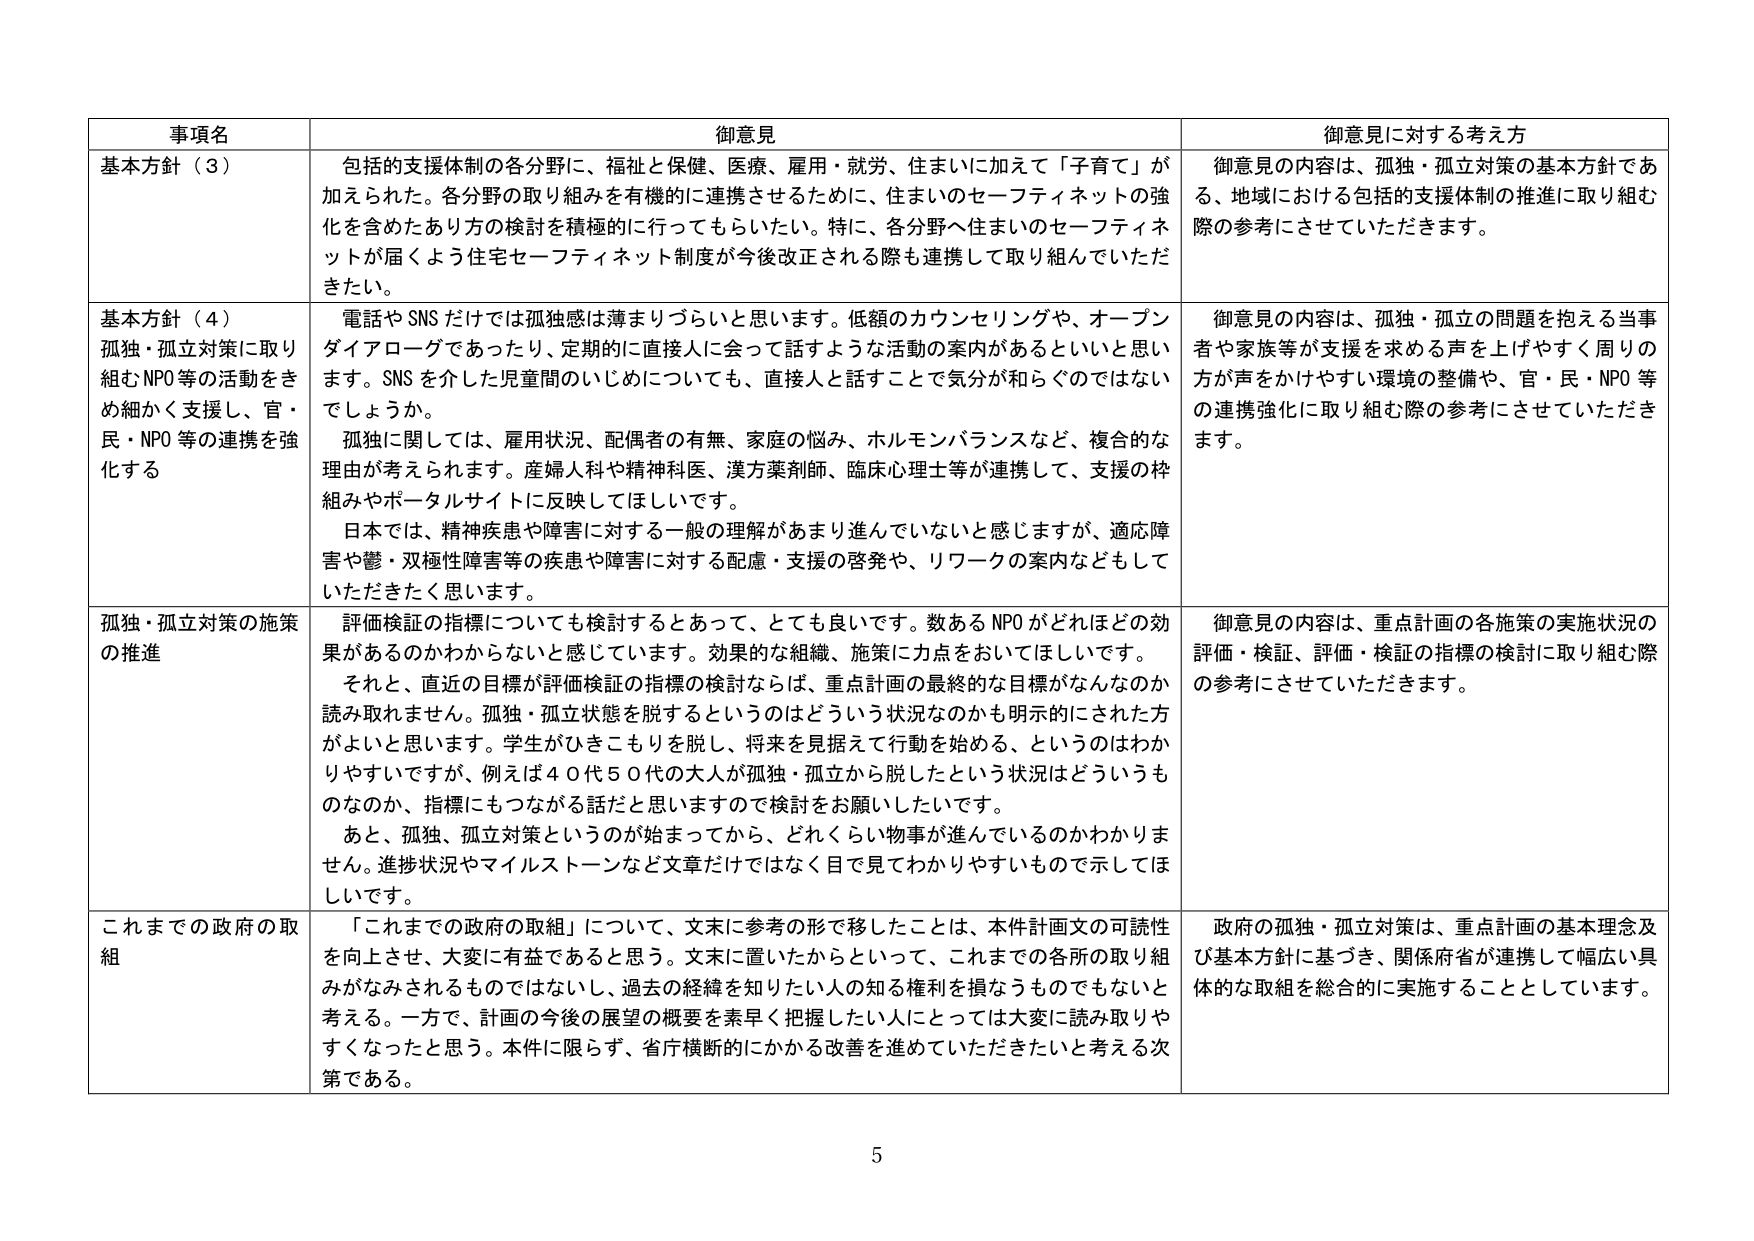
事項名 御意見 御意見に対する考え方
基本方針（３） 包括的支援体制の各分野に、福祉と保健、医療、雇用・就労、住まいに加えて「子育て」が加えられた。各分野の取り組みを有機的に連携させるために、住まいのセーフティネットの強化を含めたあり方の検討を積極的に行ってもらいたい。特に、各分野へ住まいのセーフティネットが届くよう住宅セーフティネット制度が今後改正される際も連携して取り組んでいただきたい。 御意見の内容は、孤独・孤立対策の基本方針である、地域における包括的支援体制の推進に取り組む際の参考にさせていただきます。
基本方針（４） 孤独・孤立対策に取り組むNPO等の活動をきめ細かく支援し、官・民・NPO等の連携を強化する 電話やSNSだけでは孤独感は薄まりづらいと思います。低額のカウンセリングや、オープンダイアローグであったり、定期的に直接人に会って話すような活動の案内があるといいと思います。SNSを介した児童間のいじめについても、直接人と話すことで気分が和らぐのではないでしょうか。 孤独に関しては、雇用状況、配偶者の有無、家庭の悩み、ホルモンバランスなど、複合的な理由が考えられます。産婦人科や精神科医、漢方薬剤師、臨床心理士等が連携して、支援の枠組みやポータルサイトに反映してほしいです。 日本では、精神疾患や障害に対する一般の理解があまり進んでいないと感じますが、適応障害や鬱・双極性障害等の疾患や障害に対する配慮・支援の啓発や、リワークの案内などもしていただきたいと思います。 御意見の内容は、孤独・孤立の問題を抱える当事者や家族等が支援を求める声を上げやすく周りの方が声をかけやすい環境の整備や、官・民・NPO等の連携強化に取り組む際の参考にさせていただきます。
孤独・孤立対策の施策の推進 評価検証の指標についても検討するとあって、とても良いです。数あるNPOがどれほどの効果があるのかわからないと感じています。効果的な組織、施策に力点をおいてほしいです。 それと、直近の目標が評価検証の指標の検討ならば、重点計画の最終的な目標がなんなのか読み取れません。孤独・孤立状態を脱するというのはどういう状況なのかも明示的にされた方がよいと思います。学生がひきこもりを脱し、将来を見据えて行動を始める、というのはわかりやすいですが、例えば４０代５０代の大人が孤独・孤立から脱したという状況はどういうものなのか、指標にもつながる話だと思いますので検討をお願いしたいです。 あと、孤独、孤立対策というのが始まってから、どれくらい物事が進んでいるのかわかりません。進捗状況やマイルストーンなど文章だけではなく目で見てわかりやすいもので示してほしいです。 御意見の内容は、重点計画の各施策の実施状況の評価・検証、評価・検証の指標の検討に取り組む際の参考にさせていただきます。
これまでの政府の取組 「これまでの政府の取組」について、文末に参考の形で移したことは、本件計画文の可読性を向上させ、大変に有益であると思う。文末に置いたからといって、これまでの各所の取り組みがなみされるものではないし、過去の経緯を知りたい人の知る権利を損なうものでもないと考える。一方で、計画の今後の展望の概要を素早く把握したい人にとっては大変に読み取りやすくなったと思う。本件に限らず、省庁横断的にかかる改善を進めていただきたいと考える次第である。 政府の孤独・孤立対策は、重点計画の基本理念及び基本方針に基づき、関係府省が連携して幅広い具体的な取組を総合的に実施することとしています。
5